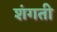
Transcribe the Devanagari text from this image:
शंगती